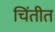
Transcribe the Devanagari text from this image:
चिंतीत